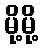
မို့မို့